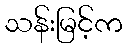
သန်းမြင့်က